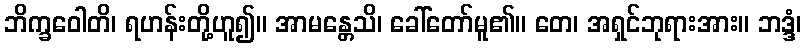
ဘိက္ခဝေါတိ၊ ရဟန်းတို့ဟူ၍။ အာမန္တေသိ၊ ခေါ်တော်မူ၏။ တေ၊ အရှင်ဘုရားအား။ ဘဒ္ဒံ၊